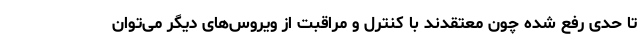
تا حدی رفع شده چون معتقدند با کنترل و مراقبت از ویروس‌های دیگر می‌توان